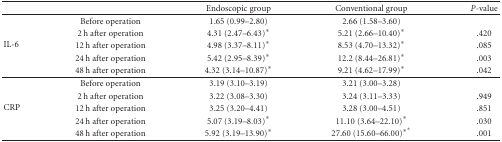
|  |  | Endoscopic group | Conventional group | P-value |
 | --- | --- | --- | --- | --- |
 | <ROWSPAN=5> IL-6 | Before operation | 1.65 (0.99–2.80) | 2.66 (1.58–3.60) |  |
 | 2 h after operation | 4.31 (2.47–6.43)* | 5.21 (2.66–10.40)* | .420 |
 | 12 h after operation | 4.98 (3.37–8.11)* | 8.53 (4.70–13.32)* | .085 |
 | 24 h after operation | 5.42 (2.95–8.39)* | 12.2 (8.44–26.81)* | .003 |
 | 48 h after operation | 4.32 (3.14–10.87)* | 9.21 (4.62–17.99)* | .042 |
 | <ROWSPAN=5> CRP | Before operation | 3.19 (3.10–3.19) | 3.21 (3.00–3.28) |  |
 | 2 h after operation | 3.22 (3.08–3.30) | 3.24 (3.11–3.33) | .949 |
 | 12 h after operation | 3.25 (3.20–4.41) | 3.28 (3.00–4.51) | .851 |
 | 24 h after operation | 5.07 (3.19–8.03)* | 11.10 (3.64–22.10)* | .030 |
 | 48 h after operation | 5.92 (3.19–13.90)* | 27.60 (15.60–66.00)∗* | .001 |